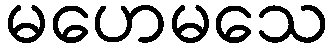
မဟေမသေ